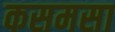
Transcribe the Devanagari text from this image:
कसमसा